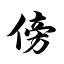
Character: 傍